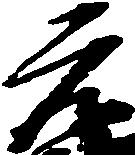
元